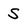
Character: s